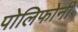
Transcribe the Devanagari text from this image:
पोलिफोनी